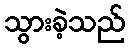
သွားခဲ့သည်